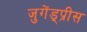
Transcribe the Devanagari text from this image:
जुगेंड्प्रीस